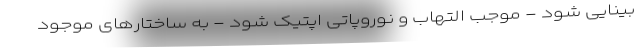
بینایی شود - موجب التهاب و نوروپاتی اپتیک شود - به ساختارهای موجود